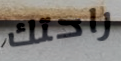
راحتك